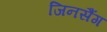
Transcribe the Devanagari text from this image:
जिनसैंग